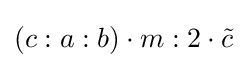
\left(c:a:b\right)\cdot m:2\cdot {\tilde {c}}